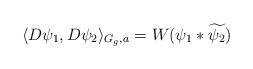
LaTeX: \begin{align*} \langle D\psi_1, D\psi_2 \rangle_{G_g,a} =W(\psi_1\ast \widetilde{\psi_2})\end{align*}